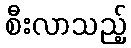
စီးလာသည့်